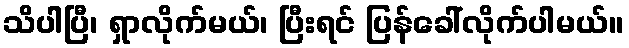
သိပါပြီ၊ ရှာလိုက်မယ်၊ ပြီးရင် ပြန်ခေါ်လိုက်ပါမယ်။